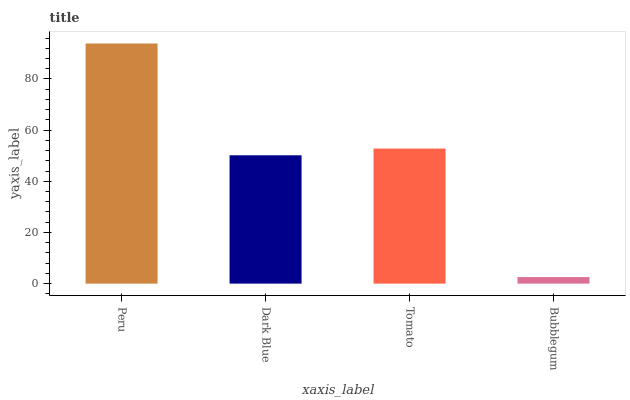
| xaxis_label | bars |
 | --- | --- |
 | Peru | 93.9 |
 | Dark Blue | 50.2 |
 | Tomato | 52.8 |
 | Bubblegum | 2.56 |